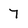
Character: 7